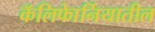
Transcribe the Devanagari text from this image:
कॅलिफाेर्नियातील